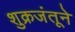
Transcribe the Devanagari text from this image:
शुक्रजंतूने